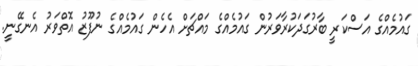
ގައުމެއްގެ އަސްކަރީ ބާރުގަދަކުރާވަރުން ގައުމެއްގެ މައްޗަށް އެހެން ގައުމެއްގެ ނުފޫޒު އޮތްވަރު އެނގޭނީ.